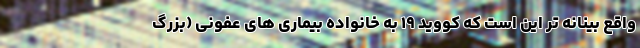
واقع بینانه تر این است که کووید ۱۹ به خانواده بیماری های عفونی (بزرگ